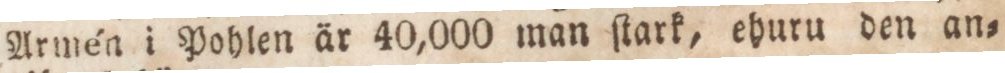
Armén i Pohlen är 40,000 man ſtark, ehuru den an=